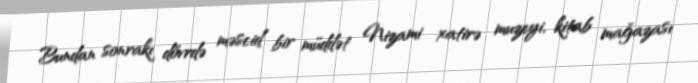
Bundan sonrakı dövrdə məscid bir müddət Nizami xatirə muzeyi, kitab mağazası